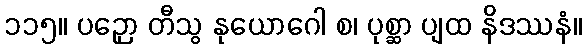
၁၁၅။ ပဉှော တီသွ နုယောဂေါ စ၊ ပုစ္ဆာ ပျထ နိဒဿနံ။